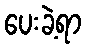
ပေးခဲ့ရာ